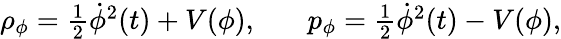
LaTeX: \begin{array}{r}{\rho_{\phi}=\frac{1}{2}{\dot{\phi}}^{2}(t)+V(\phi),~~~~~~~p_{\phi}=\frac{1}{2}{\dot{\phi}}^{2}(t)-V(\phi),}\end{array}